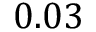
0 . 0 3